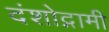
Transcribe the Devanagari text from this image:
दंशोद्गामी